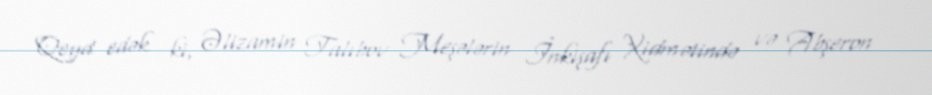
Qeyd edək ki, Əlizamin Talıbov Meşələrin İnkişafı Xidmətində və Abşeron